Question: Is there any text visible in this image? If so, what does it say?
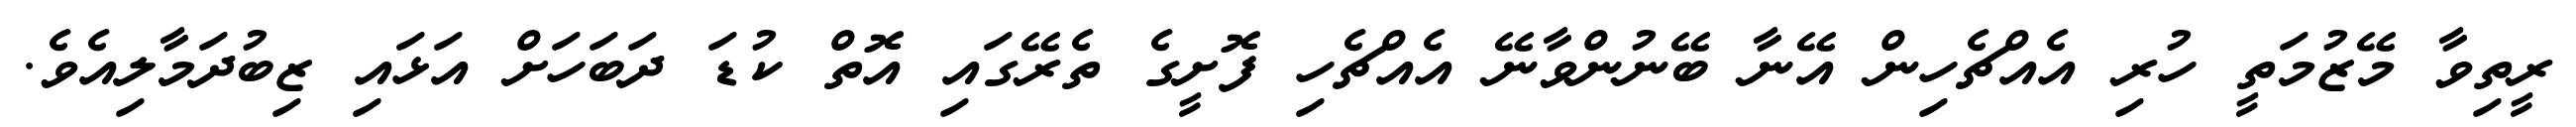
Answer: ރީތިވާ މޭޒުމަތީ ހުރި އެއްޗެހިން އޭނާ ބޭނުންވާނޭ އެއްޗެހި ފޮށީގެ ތެރޭގައި އޮތް ކުޑަ ދަބަހަށް އަޅައި ޒިބުދަމާލިއެވެ.